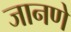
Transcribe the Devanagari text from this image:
जानणे